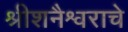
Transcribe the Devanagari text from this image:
श्रीशनैश्वराचे